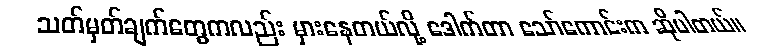
သတ်မှတ်ချက်တွေကလည်း မှားနေတယ်လို့ ဒေါက်တာ သော်ကောင်းက ဆိုပါတယ်။